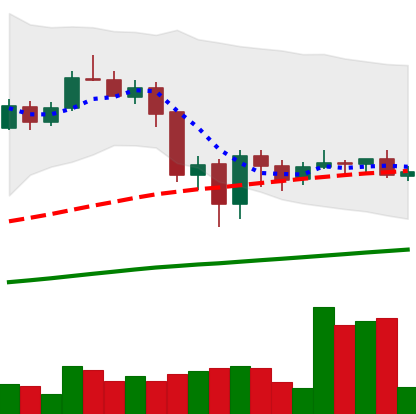
Ticker: LINK-USD
Chart end date: 2020-09-14
Forward return: -16.274%
Label: down_7plus